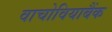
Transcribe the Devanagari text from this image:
वाचोवियाबैंक